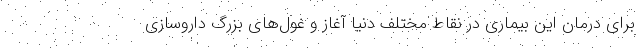
برای درمان این بیماری در نقاط مختلف دنیا آغاز و غول‌های بزرگ داروسازی